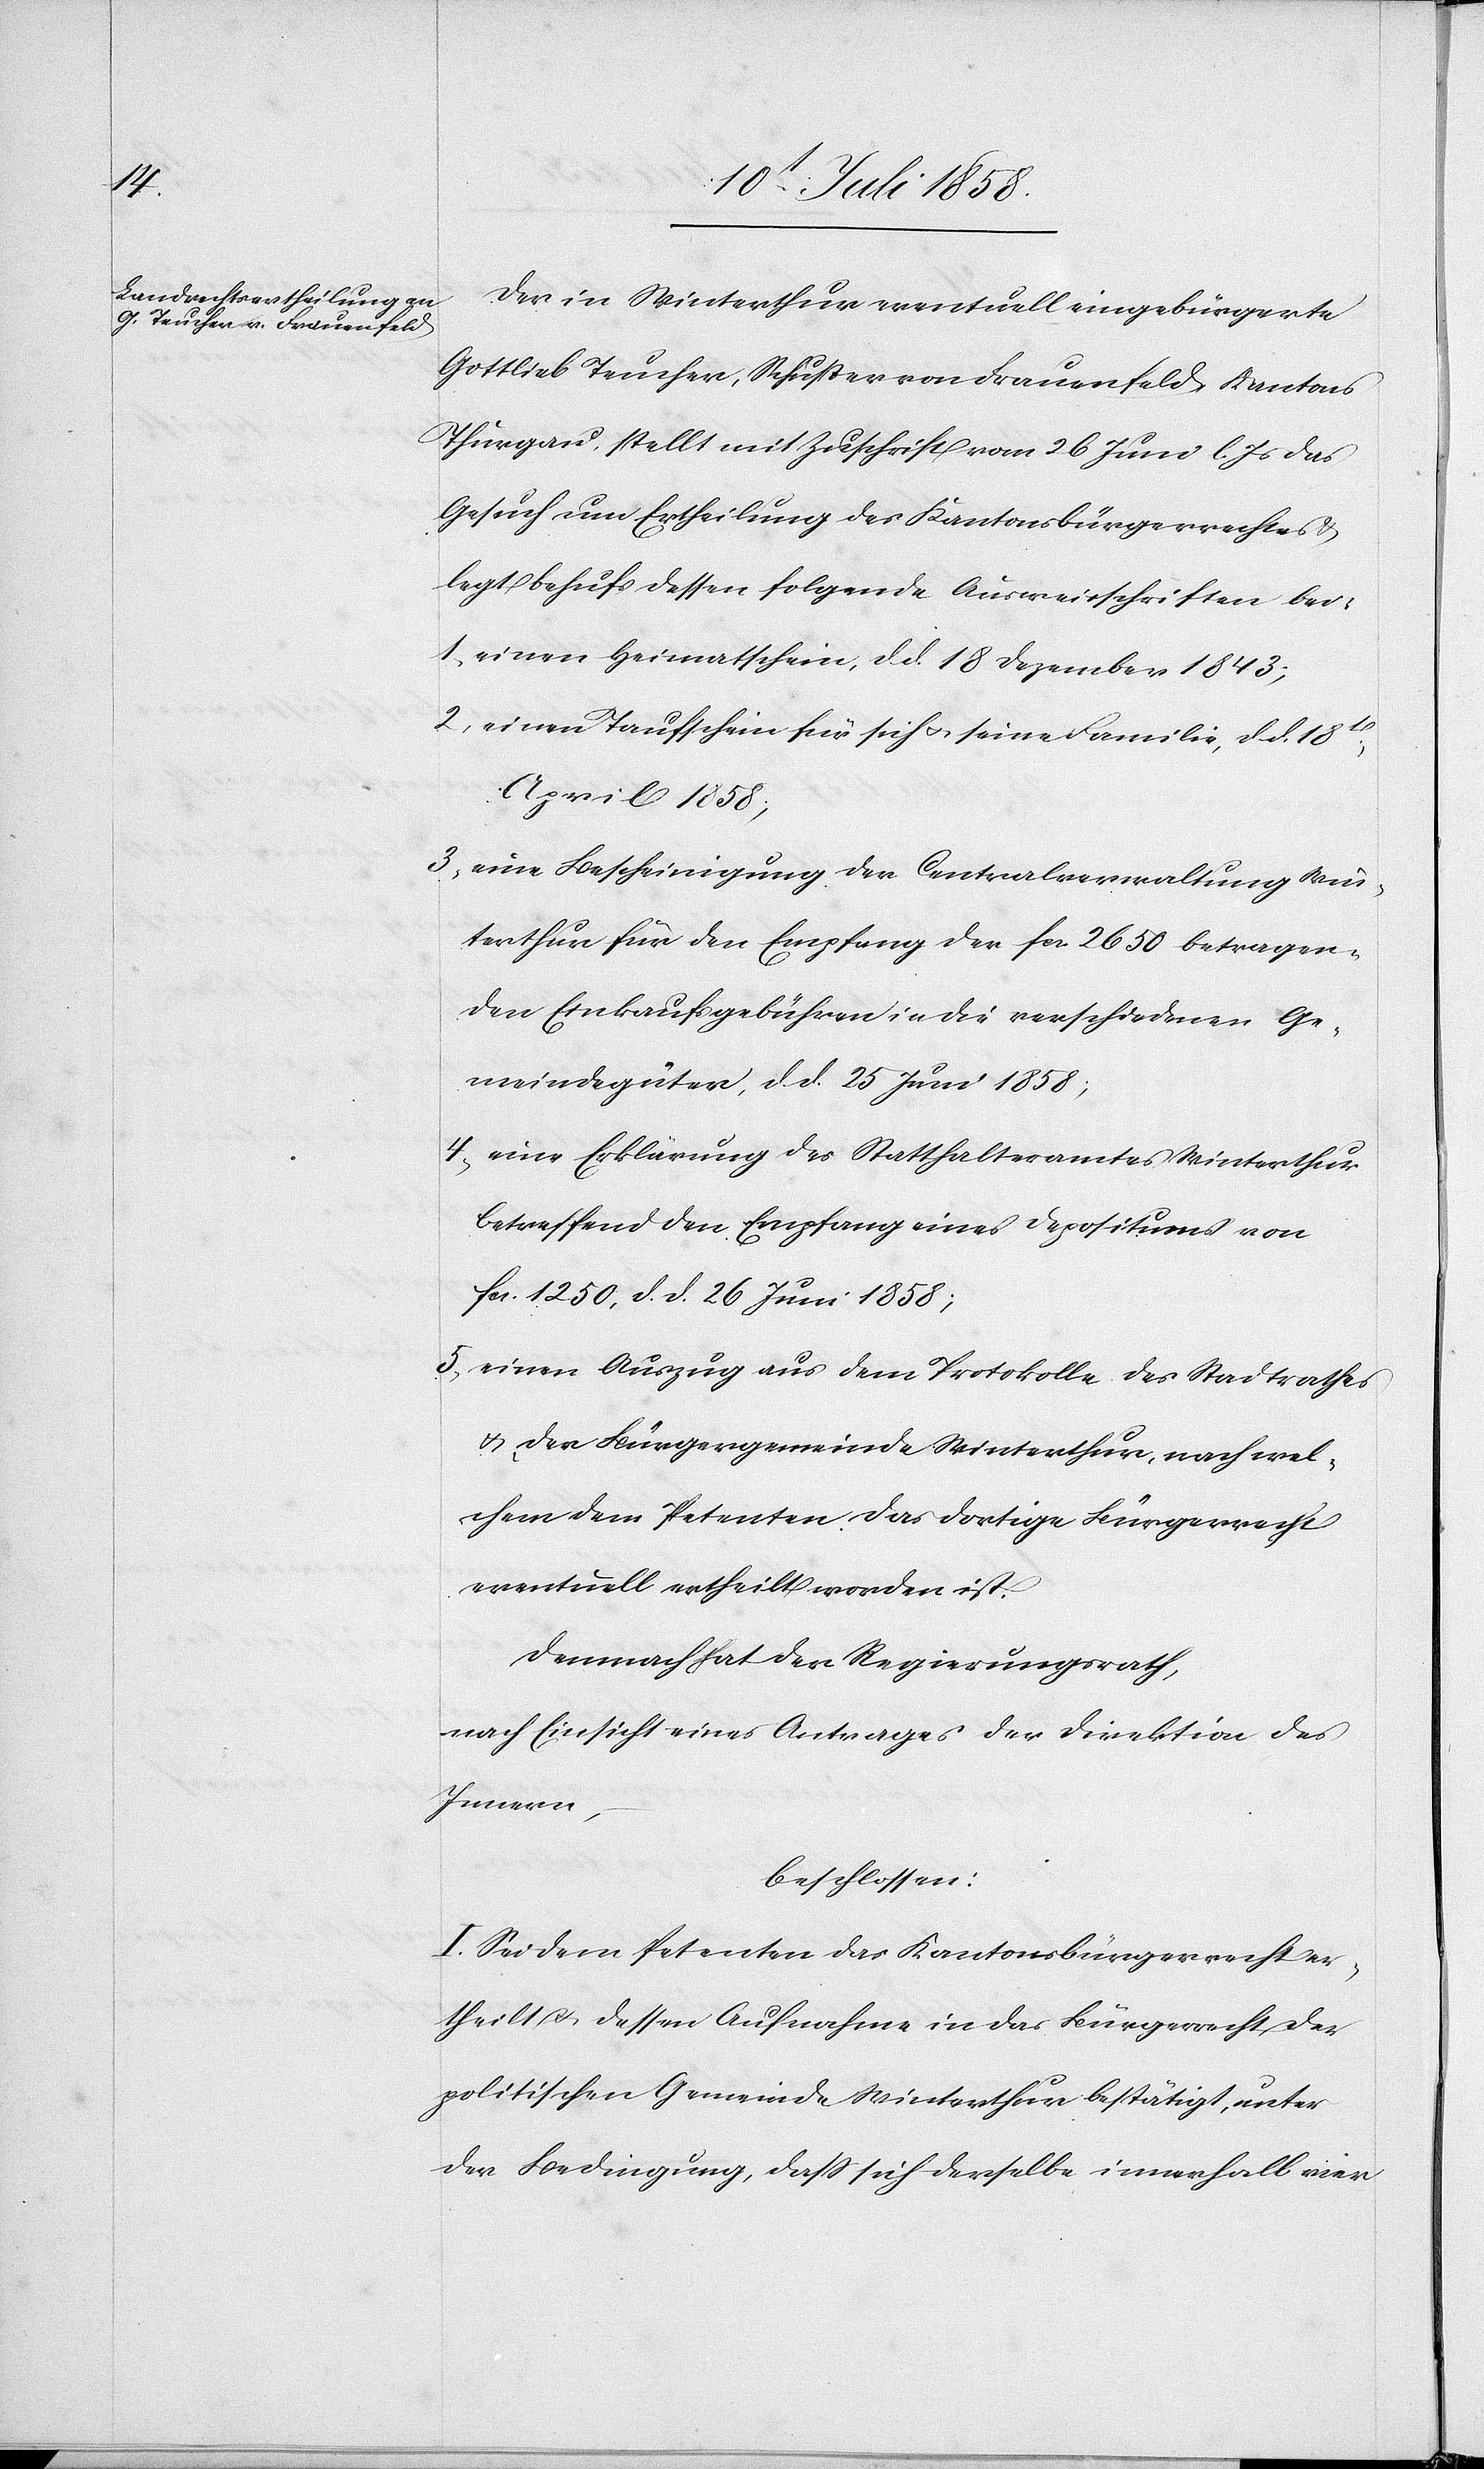
Der in Winterthur eventuell eingebürgerte
Gottlieb Teucher, Schuster von Frauenfeld, Kantons
Thurgau, stellt mit Zuschrift vom 26 Juni l. Js das
Gesuch um Ertheilung des Kantonsbürgerrechtes
legt behufs dessen folgende Ausweisschriften bei:
einen Heimatschein, d. d. 18 Dezember 1843;
einen Taufschein für sich & seine Familie, d. d. 18t
April 1858;
eine Bescheinigung der Centralverwaltung Win¬
terthur für den Empfang der Fcs. 2650 betragen¬
den Einkaufsgebühren in die verschiedenen Ge¬
meindegüter, d. d. 25 Juni 1858;
eine Erklärung des Statthalteramtes Winterthur
betreffend den Empfang eines Depositums von
Fcs. 1250, d. d. 26 Juni 1858;
einen Auszug aus dem Protokolle des Stadtrathes
& der Bürgergemeinde Winterthur, nach wel¬
chem dem Petenten das dortige Bürgerrecht
eventuell ertheilt worden ist.
Demnach hat der Regierungsrath,
nach Einsicht eines Antrages der Direktion des
Innern,
beschlossen:
I. Sei dem Petenten das Kantonsbürgerrecht er¬
theilt & dessen Aufnahme in das Bürgerrecht der
politischen Gemeinde Winterthur bestätigt, unter
der Bedingung, dass sich derselbe innerhalb vier